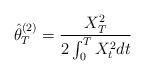
LaTeX: \begin{align*}\hat\theta_T^{(2)}=\frac{X_T^2}{2\int_0^TX_t^2dt}\end{align*}